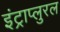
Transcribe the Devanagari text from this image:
इंट्राप्लुरल